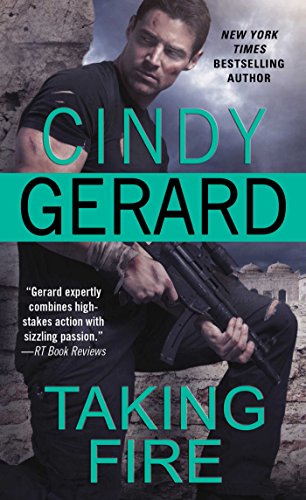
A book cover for Taking Fire (One-Eyed Jacks); Cindy Gerard; Romance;